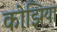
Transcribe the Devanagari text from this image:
कोझिया